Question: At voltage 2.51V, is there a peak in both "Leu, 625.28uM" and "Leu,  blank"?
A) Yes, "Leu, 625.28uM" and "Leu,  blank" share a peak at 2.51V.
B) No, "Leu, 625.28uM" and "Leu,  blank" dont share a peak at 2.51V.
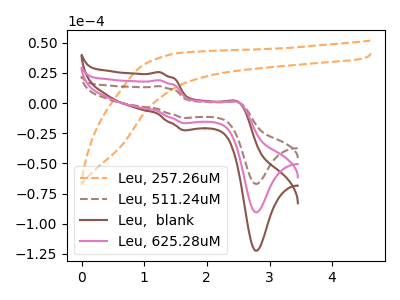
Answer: <think>The orange dashed curve "Leu, 257.26uM" has no peaks. The brown dashed curve "Leu, 511.24uM" has anodic peaks at (1.25V, 14.05uA) (2.50V, 0.35uA) and cathodic peaks at (1.65V, -12.30uA) (2.80V, -66.95uA). The brown curve "Leu,  blank" has anodic peaks at (1.25V, 38.00uA) (2.50V, 0.90uA) and cathodic peaks at (1.65V, -33.25uA) (2.80V, -181.00uA). The pink curve "Leu, 625.28uM" has anodic peaks at (1.25V, 19.00uA) (2.50V, 0.45uA) and cathodic peaks at (1.65V, -16.60uA) (2.80V, -90.50uA).</think>
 <answer>A) Yes, "Leu, 625.28uM" and "Leu,  blank" share a peak at 2.51V.</answer>
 <eval>A</eval>